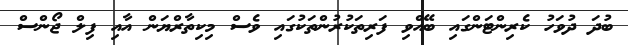
ބުދަ ދުވަހު ކެރިންޓަންގައި ބޭއްވި ފަރިތަކުރުންތަކުގައި ވެސް މިކިތާރްޔަން އާއި ފިލް ޖޯންސް